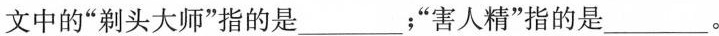
文中的”剃头大师”指的是________；”害人精”指的是_____。